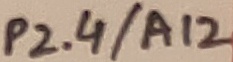
Text: P2.4/A12